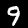
Digit: 9